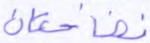
نضاختان